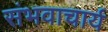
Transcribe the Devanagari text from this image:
संभवाचार्य